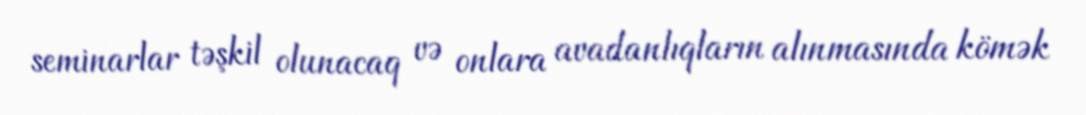
seminarlar təşkil olunacaq və onlara avadanlıqların alınmasında kömək